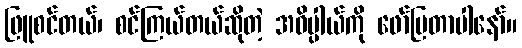
ဖြူစင်တယ်၊ စင်ကြယ်တယ်ဆိုတဲ့ အဓိပ္ပါယ်ကို ဖော်ပြတာပါနော်။